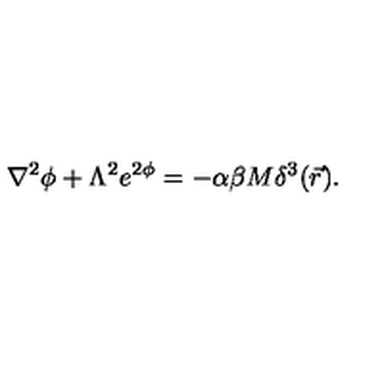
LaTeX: \nabla ^ { 2 } \phi + \Lambda ^ { 2 } e ^ { 2 \phi } = - \alpha \beta M \delta ^ { 3 } ( \vec { r } ) .